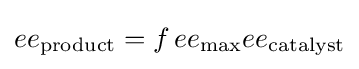
ee_{\text{product}}=f\,ee_{\max }ee_{\text{catalyst}}